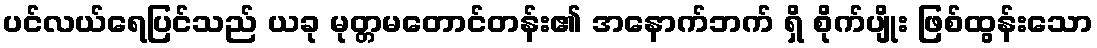
ပင်လယ်ရေပြင်သည် ယခု မုတ္တမတောင်တန်း၏ အနောက်ဘက် ရှိ စိုက်ပျိုး ဖြစ်ထွန်းသော